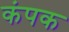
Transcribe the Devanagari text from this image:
कंपक